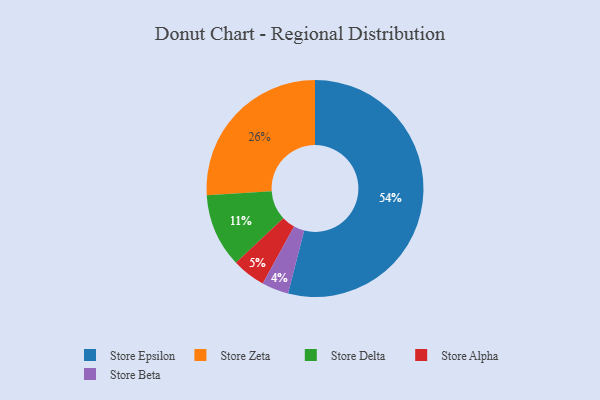
{"axis": {"x": "Category", "y": "Percentage"}, "legend": ["Store Alpha", "Store Beta", "Store Delta", "Store Epsilon", "Store Zeta"], "data": [{"x": "Store Beta", "y": 4, "type": "Store Beta"}, {"x": "Store Alpha", "y": 5, "type": "Store Alpha"}, {"x": "Store Zeta", "y": 26, "type": "Store Zeta"}, {"x": "Store Epsilon", "y": 54, "type": "Store Epsilon"}, {"x": "Store Delta", "y": 11, "type": "Store Delta"}]}